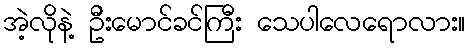
အဲ့လိုနဲ့ ဦးမောင်ခင်ကြီး သေပါလေရောလား။